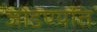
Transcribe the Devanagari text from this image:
जोडण्यांत